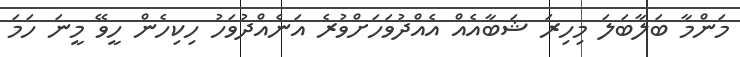
މަންމާ ބަލާބަލަ މިހިރަ ޝަބާއެއް އެއްދުވަހަށްވުރެ އަނެއްދުވަހު ހިކިހެން ހީވޭ މީނަ ހަމަ